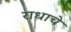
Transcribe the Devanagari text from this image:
राधाचे